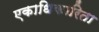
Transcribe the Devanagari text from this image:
एकाधिकारिता